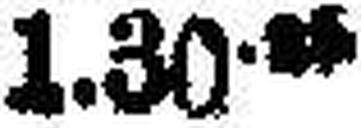
1.30